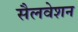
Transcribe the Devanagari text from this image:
सैलवेशन